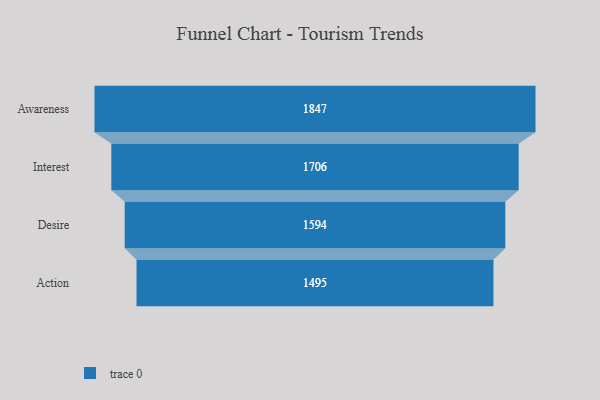
{"axis": {"x": "Stage", "y": "Value"}, "legend": [""], "data": [{"x": "Awareness", "y": 1847.0, "type": ""}, {"x": "Interest", "y": 1706.0, "type": ""}, {"x": "Desire", "y": 1594.0, "type": ""}, {"x": "Action", "y": 1495.0, "type": ""}]}